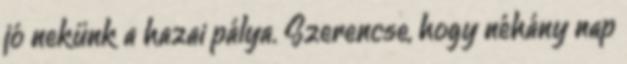
jó nekünk a hazai pálya. Szerencse, hogy néhány nap